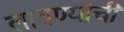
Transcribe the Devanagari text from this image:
लावण्यांची